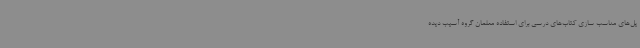
یل‌های مناسب سازی کتاب‌های درسی برای استفاده معلمان گروه آسیب دیده